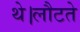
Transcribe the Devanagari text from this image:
थे।लौटते